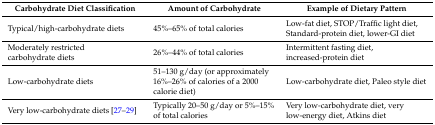
<table><thead><tr><td><b>Carbohydrate Diet Classification</b></td><td><b>Amount of Carbohydrate</b></td><td><b>Example of Dietary Pattern</b></td></tr></thead><tbody><tr><td>Typical/high-carbohydrate diets</td><td>45%–65% of total calories</td><td>Low-fat diet, STOP/Traffic light diet, Standard-protein diet, lower-GI diet</td></tr><tr><td>Moderately restricted carbohydrate diets</td><td>26%–44% of total calories</td><td>Intermittent fasting diet, increased-protein diet</td></tr><tr><td>Low-carbohydrate diets</td><td>51–130 g/day (or approximately 16%–26% of calories of a 2000 calorie diet)</td><td>Low-carbohydrate diet, Paleo style diet</td></tr><tr><td>Very low-carbohydrate diets [27,28,29]</td><td>Typically 20–50 g/day or 5%–15% of total calories</td><td>Very low-carbohydrate diet, very low-energy diet, Atkins diet</td></tr></tbody></table>